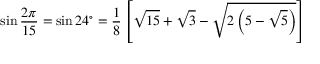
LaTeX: \sin { \frac { 2 \pi } { 1 5 } } = \sin 2 4 ^ { \circ } = { \frac { 1 } { 8 } } \left[ { \sqrt { 1 5 } } + { \sqrt { 3 } } - { \sqrt { 2 \left( 5 - { \sqrt { 5 } } \right) } } \right]